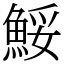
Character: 鮾